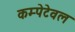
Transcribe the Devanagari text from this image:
कम्पेटेवल